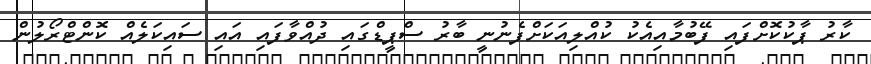
ކާރު ޕާކުކޮށްފައި ފޭބުމާއިއެކު ކުއްލިއަކަށްފެނުނީ ބާރު ސްޕީޑްގައި ދުއްވާފައި އައި ސައިކަލެއް ކޮންޓްރޯލުން